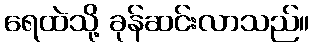
ရေထဲသို့ ခုန်ဆင်းလာသည်။